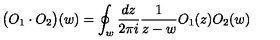
\big ( O _ { 1 } \cdot O _ { 2 } \big ) ( w ) = \oint _ { w } \frac { d z } { 2 \pi i } \frac { 1 } { z - w } O _ { 1 } ( z ) O _ { 2 } ( w )